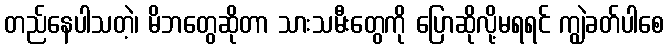
တည်နေပါသတဲ့၊ မိဘတွေဆိုတာ သားသမီးတွေကို ပြောဆိုလို့မရရင် ကျွဲခတ်ပါစေ